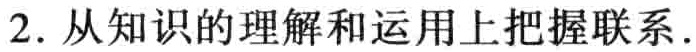
2. 从知识的理解和运用上把握联系.